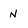
Character: N